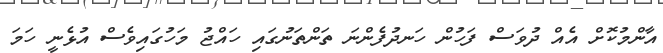
އާންމުކޮށް އެއް ދުވަސް ފަހުން ހަނދުފެންނަ ތަންތަނުގައި ހައްޖު މަހުގައިވެސް އުޅެނީ ހަމަ